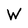
Character: W